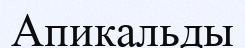
Апикальды